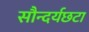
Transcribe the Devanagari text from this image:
सौन्दर्यछटा